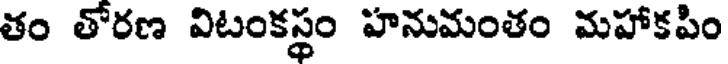
తం తోరణ విటంకస్థం హనుమంతం మహాకపిం